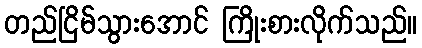
တည်ငြိမ်သွားအောင် ကြိုးစားလိုက်သည်။